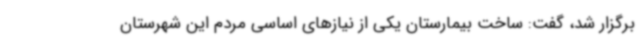
برگزار شد، گفت: ساخت بیمارستان یکی از نیازهای اساسی مردم این شهرستان